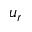
u _ { r }